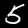
Label: 5